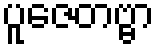
ပူဇေတဗ္ဗာ